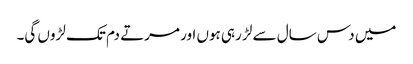
میں دس سال سے لڑ رہی ہوں اور مرتے دم تک لڑوں گی۔